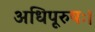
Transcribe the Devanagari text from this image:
अधिपूरुषः।